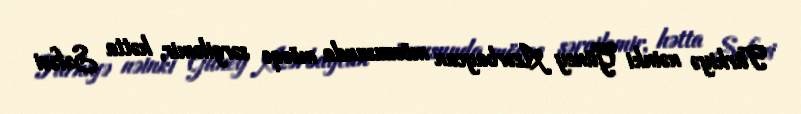
Türkiyə nəinki Güney Azərbaycan mövzusunda mövqe sərgiləmir, hətta Səfəvi